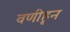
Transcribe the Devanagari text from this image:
वणीहून